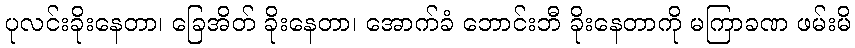
ပုလင်းခိုးနေတာ၊ ခြေအိတ် ခိုးနေတာ၊ အောက်ခံ ဘောင်းဘီ ခိုးနေတာကို မကြာခဏ ဖမ်းမိ